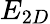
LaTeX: E_{2D}